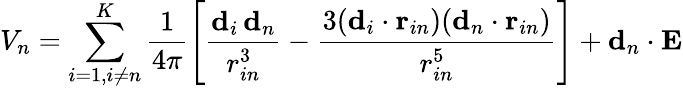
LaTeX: V_{n}=\sum_{i=1,i\neq n}^{K}\frac{1}{4\pi}\left[\frac{\textbf{d}_{i}\, \textbf{d}_{n}}{r_{in}^{3}}-\frac{3(\textbf{d}_{i}\cdot\textbf{r}_{in})(\textbf{d}_{n}\cdot\textbf{r}_{in})}{r_{in}^{5}}\right]+\textbf{d}_{n}\cdot\textbf{E}